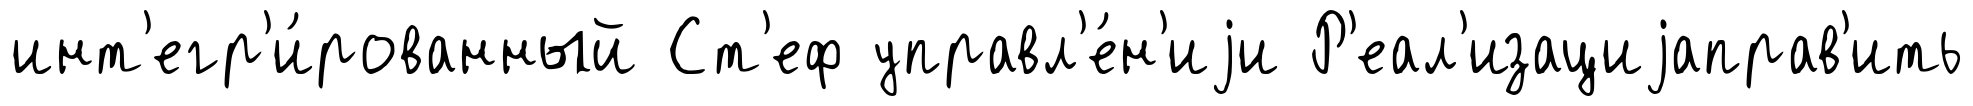
инт'егр'и́рованный Ст'еф управл'е́н'иjи Р'еал'изациjаправ'ить